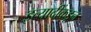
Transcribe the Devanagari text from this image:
इत्यादींकडून